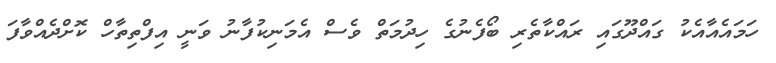
ހަމައެއާއެކު ގައްދޫގައި ރައްކާތެރި ބޯފެނުގެ ހިދުމަތް ވެސް އެމަނިކުފާނު ވަނީ އިފްތިތާހް ކޮށްދެއްވާފަ